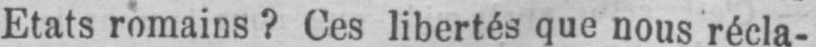
Etats romains? Ces libertés que nous récla-